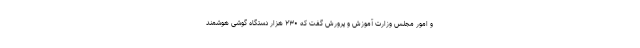
و امور مجلس وزارت آموزش و پرورش گفت که ۲۳۰ هزار دستگاه گوشی هوشمند